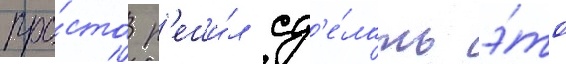
про́сто р'еши́л сд'е́лать э́то